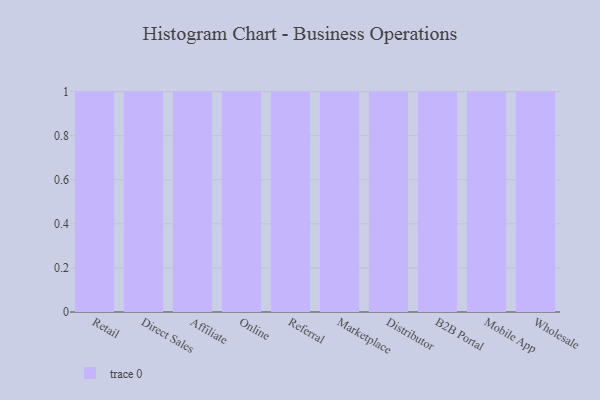
{"axis": {"x": "Channel", "y": "Latency (ms)"}, "legend": [""], "data": [{"x": "Retail", "y": 85, "type": ""}, {"x": "Direct Sales", "y": 81, "type": ""}, {"x": "Affiliate", "y": 2, "type": ""}, {"x": "Online", "y": 6, "type": ""}, {"x": "Referral", "y": 35, "type": ""}, {"x": "Marketplace", "y": 75, "type": ""}, {"x": "Distributor", "y": 48, "type": ""}, {"x": "B2B Portal", "y": 1, "type": ""}, {"x": "Mobile App", "y": 68, "type": ""}, {"x": "Wholesale", "y": 84, "type": ""}]}